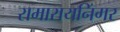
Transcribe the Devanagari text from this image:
रामारायनिंगर